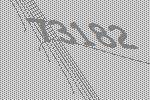
73182